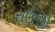
રાઉજી